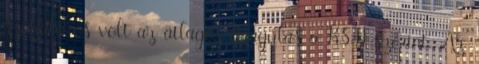
százalékos volt az átlagos drágulás a KSH szerint. Az